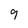
Character: 9